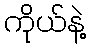
ကိုယ်နဲ့